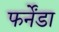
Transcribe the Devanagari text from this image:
फर्नेंडा